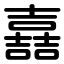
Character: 嚞